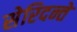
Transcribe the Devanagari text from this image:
सेरिदन्ते